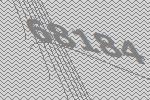
68184